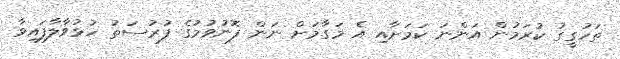
ތަހުގީގު ކުރަމުން އަންނަ ކަމަށާއި އެ މަގާމަށް ނަން ފޮނުވުމުގެ ފުރުސަތު ހުޅުވާލާފައިވާ